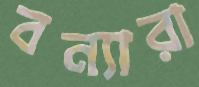
বন্যারা